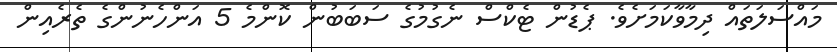
މައްސަލަތައް ދިމާވާކަމަށެވެ. ޕެޑުން ޓެކްސް ނެގުމުގެ ސަބަބުން ކޮންމެ 5 އަންހެނުންގެ ތެރެއިން